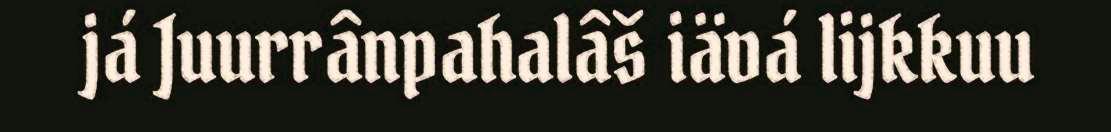
já Juurrânpahalâš iävá lijkkuu